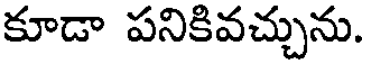
కూడా పనికివచ్చును.